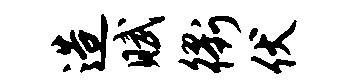
造赋衢伏